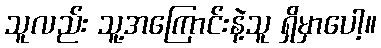
သူလည်း သူ့အကြောင်းနဲ့သူ ရှိမှာပေါ့။